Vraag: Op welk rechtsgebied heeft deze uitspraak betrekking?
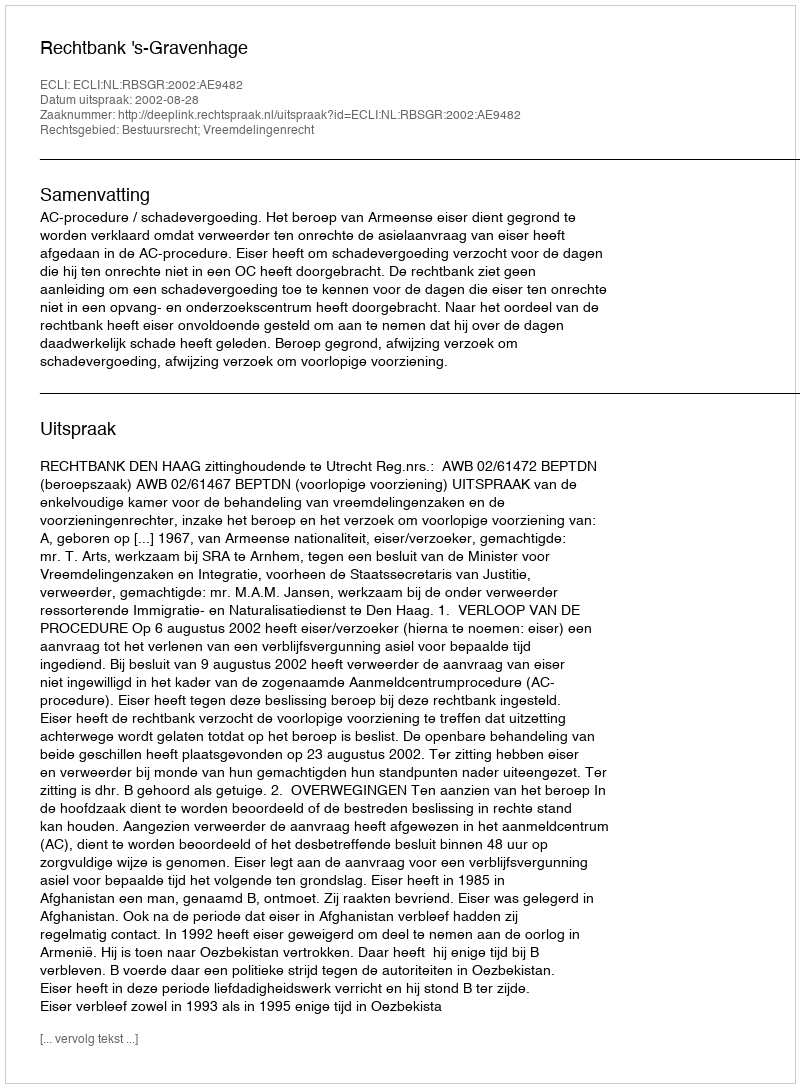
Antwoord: Bestuursrecht; Vreemdelingenrecht